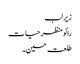
زیر لب
رائو منظر حیات
طلعت حسین۔